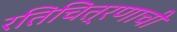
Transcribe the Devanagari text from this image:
रतिचित्रणाची